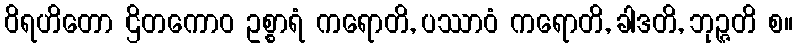
ဝိရဟိတော ဌိတကောဝ ဥစ္စာရံ ကရောတိ, ပဿာဝံ ကရောတိ, ခါဒတိ, ဘုဉ္ဇတိ စ။